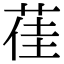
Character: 龿